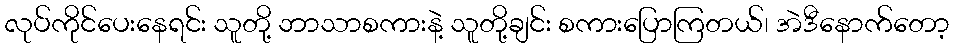
လုပ်ကိုင်ပေးနေရင်း သူတို့ ဘာသာစကားနဲ့ သူတို့ချင်း စကားပြောကြတယ်၊ အဲဒီနောက်တော့